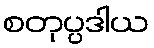
စတုပ္ပဒါယ